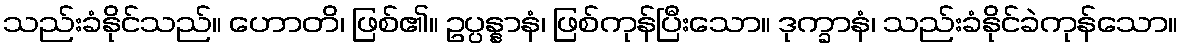
သည်းခံနိုင်သည်။ ဟောတိ၊ ဖြစ်၏။ ဥပ္ပန္နာနံ၊ ဖြစ်ကုန်ပြီးသော။ ဒုက္ခာနံ၊ သည်းခံနိုင်ခဲကုန်သော။